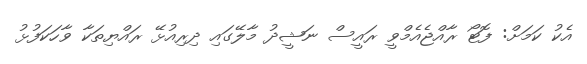
އެކު ކަމަށް: ފޮޓޯ ރާއްޖެއެމްވީ ރައީސް ނަޝީދު މާލޭގައި ދިރިއުޅޭ ރައްޔިތަކާ ވާހަކަފުޅު